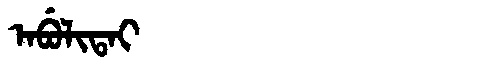
Manchu: ᠠᠪᡠᠯᡳᡨᠠᡳ
Romanization: ABULITAI